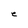
Character: e